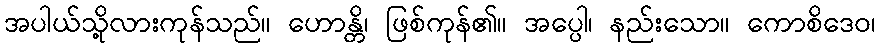
အပါယ်သို့လားကုန်သည်။ ဟောန္တိ၊ ဖြစ်ကုန်၏။ အပ္ပေါ၊ နည်းသော။ ကောစိဒေဝ၊